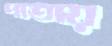
পাতায়